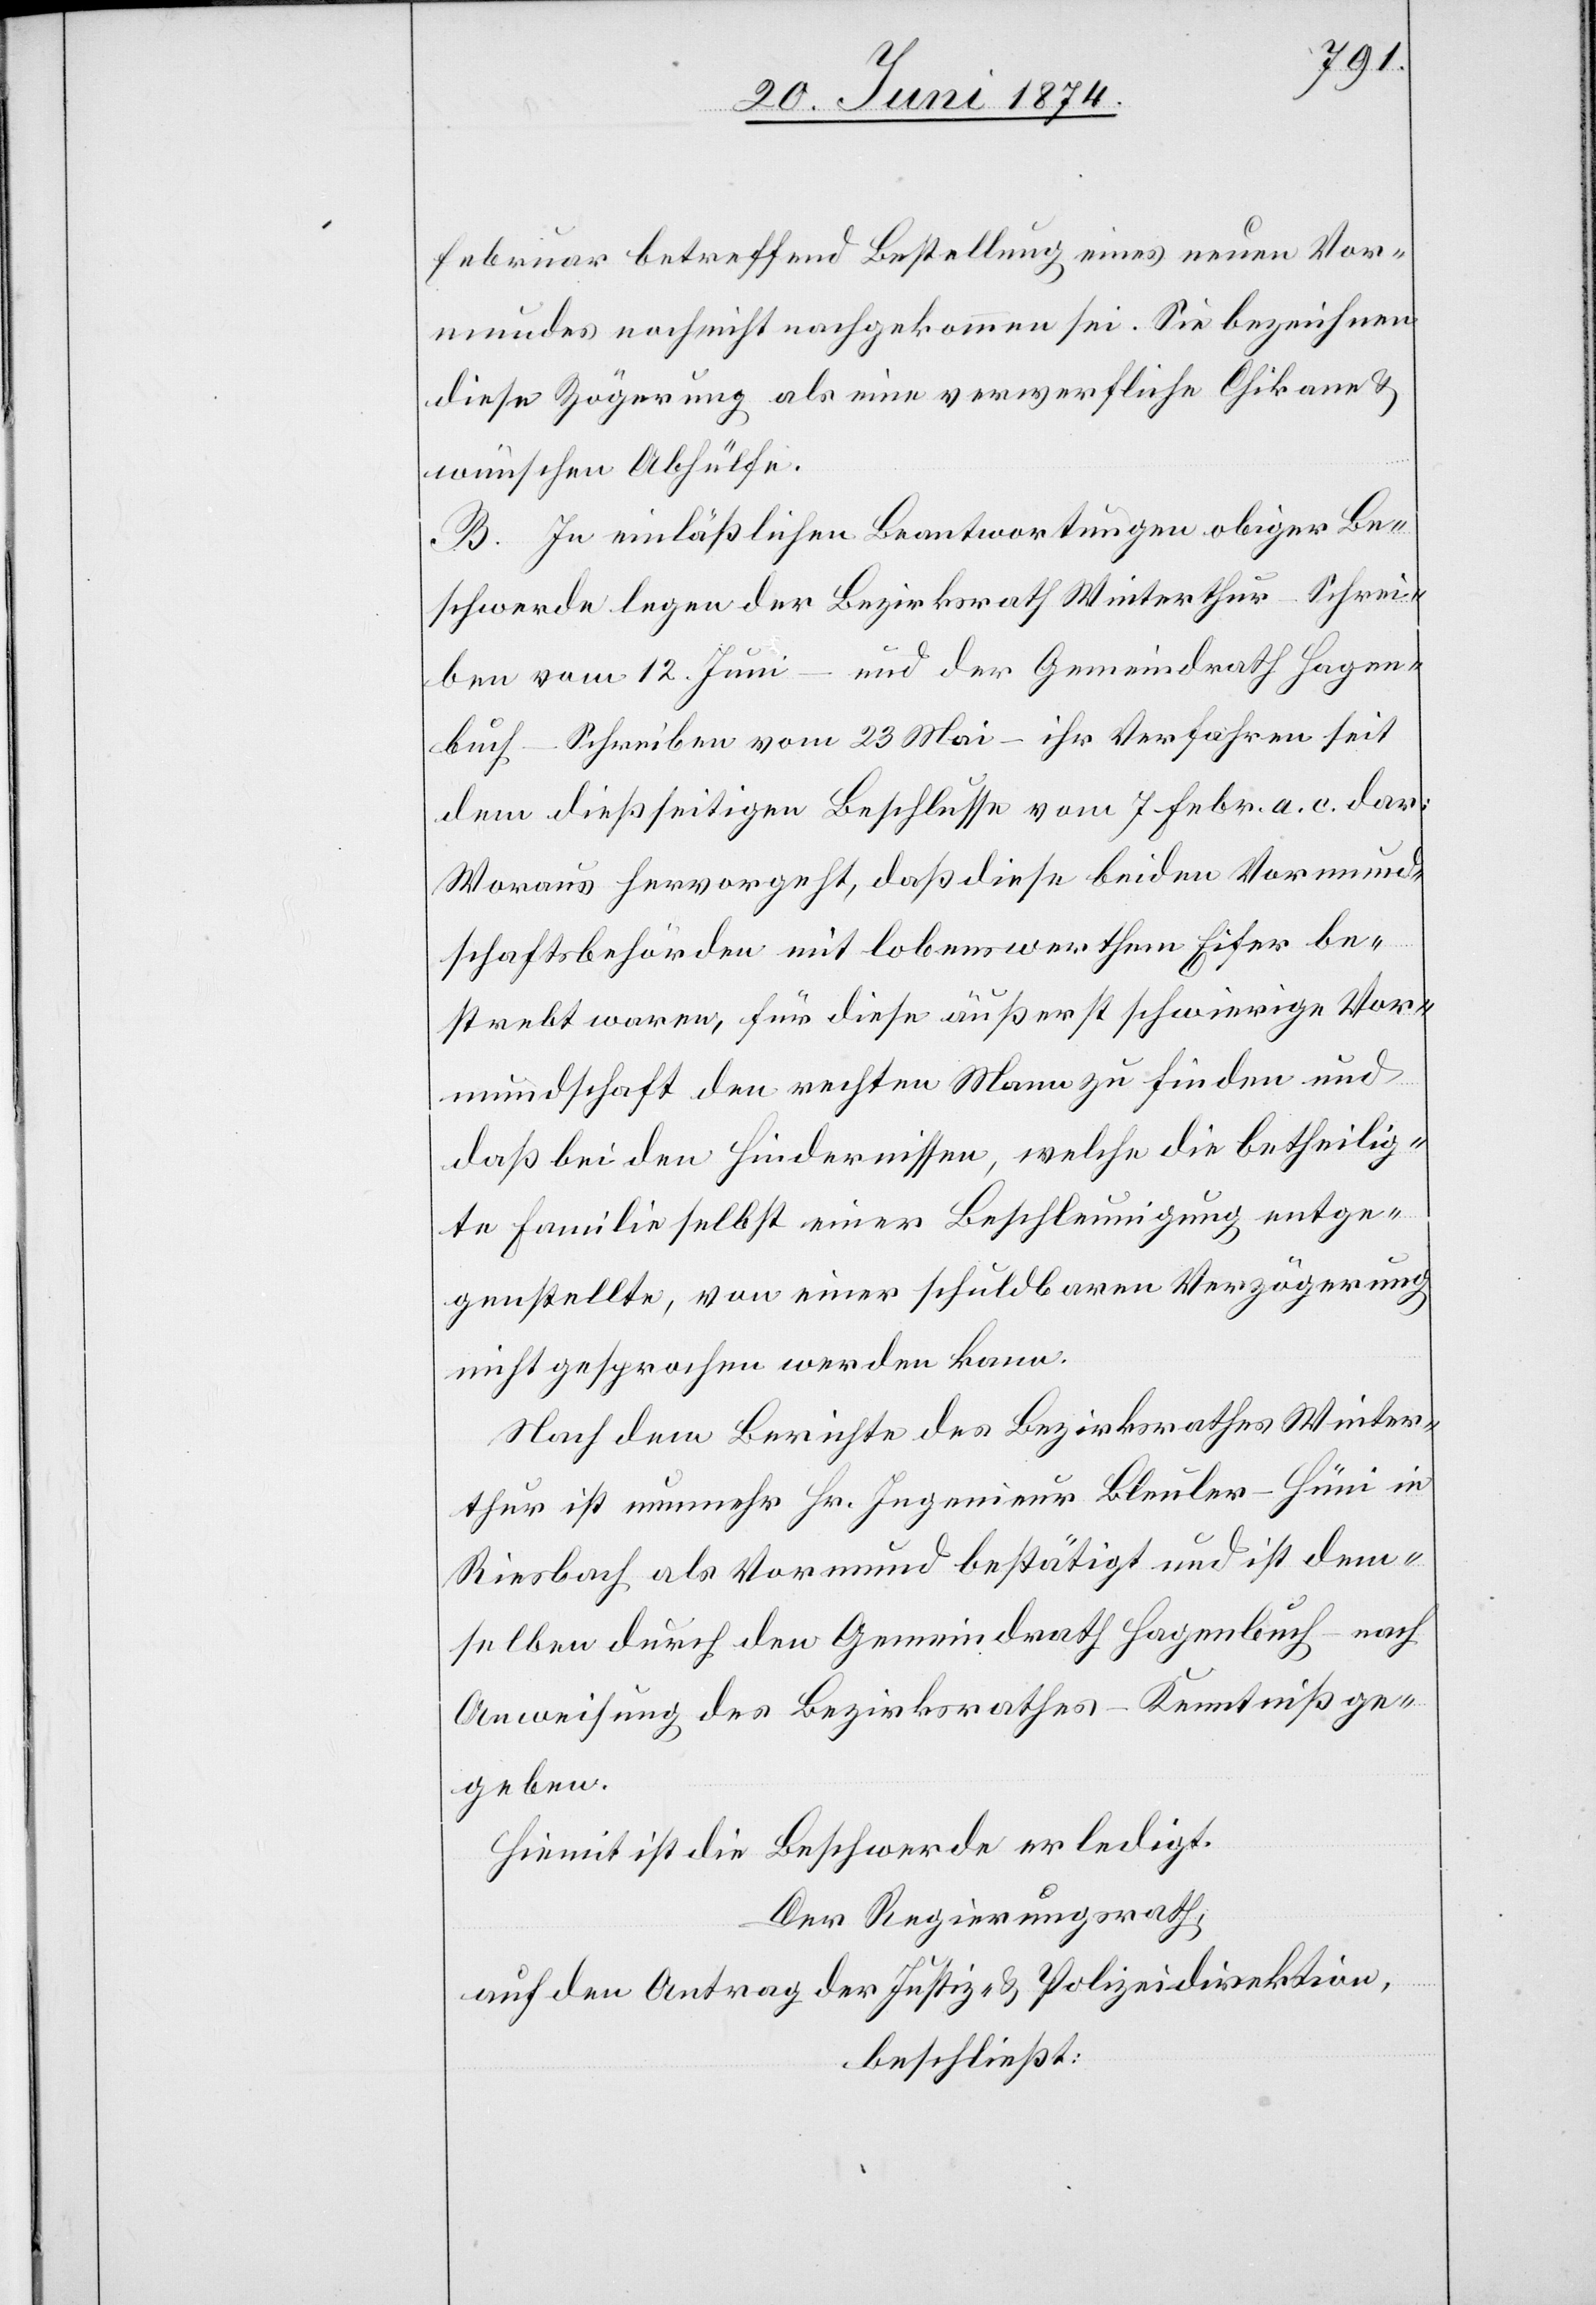
Februar betreffend Bestellung eines neuen Vor¬
mundes noch nicht nachgekommen sei[en]. Sie bezeichnen
diese Zögerung als eine verwerfliche Chikane u.
wünschen Abhülfe.
B. In einläßlichen Beantwortungen obiger Be¬
schwerde legen der Bezirksrath Winterthur – Schrei¬
ben vom 12. Juni – und der Gemeindrath Hagen¬
buch – Schreiben vom 23. Mai – ihr Verfahren seit
dem dießseitigen Beschlusse vom 7. Febr. a. c. dar;
Woraus hervorgeht, daß diese beiden Vormund¬
schaftsbehörden mit lobenswerthem Eifer be¬
strebt waren, für diese äußerst schwierige Vor¬
mundschaft den rechten Mann zu finden und
daß bei den Hindernissen, welche die betheilig¬
te Familie selbst einer Beschleunigung entge¬
genstellte, von einer schuldbaren Verzögerung
nicht gesprochen werden kann.
Nach dem Berichte des Bezirksrathes Winter¬
thur ist nunmehr Hr. Ingenieur Bleuler-Hüni in
Riesbach als Vormund bestätigt und ist dem¬
selben durch den Gemeindrath Hagenbuch – nach
Anweisung des Bezirksrathes – Kenntniß ge¬
geben.
Hiemit ist die Beschwerde erledigt.
Der Regierungsrath,
auf den Antrag der Justiz- u. Polizeidirektion,
beschließt: